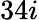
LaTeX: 34i